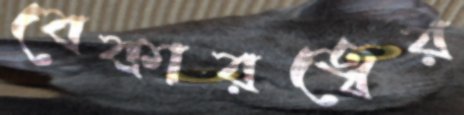
বেকারত্বের